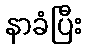
နာခံပြီး